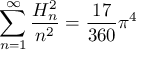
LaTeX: \sum _ { n = 1 } ^ { \infty } { \frac { H _ { n } ^ { 2 } } { n ^ { 2 } } } = { \frac { 1 7 } { 3 6 0 } } \pi ^ { 4 }